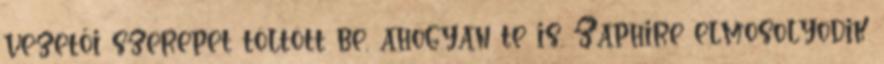
vezetői szerepet töltött be, ahogyan te is. Zaphire elmosolyodik